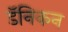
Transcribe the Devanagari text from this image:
डॅनिकन